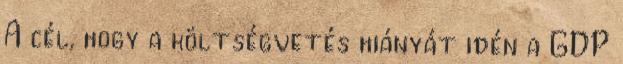
A cél, hogy a költségvetés hiányát idén a GDP